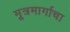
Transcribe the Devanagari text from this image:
मूत्रमार्गाचा